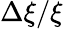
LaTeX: \Delta\xi/\xi